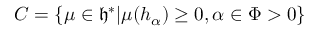
C = \{ \mu \in { \mathfrak { h } } ^ { * } | \mu ( h _ { \alpha } ) \geq 0 , \alpha \in \Phi > 0 \}